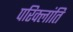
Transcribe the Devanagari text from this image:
परिक्लांति